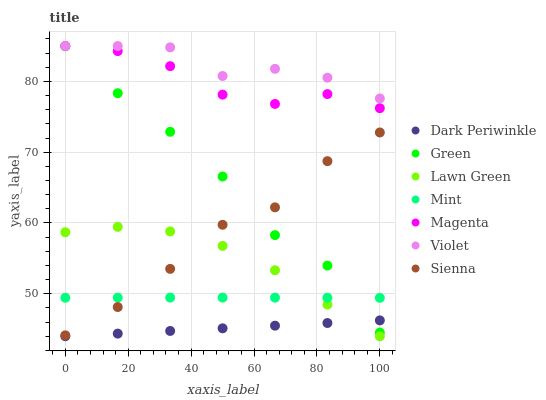
| xaxis_label | Dark Periwinkle | Green | Lawn Green | Mint | Magenta | Violet | Sienna |
 | --- | --- | --- | --- | --- | --- | --- | --- |
 | 0 | 44 | 85 | 58.7 | 49.4 | 85 | 85 | 44.1 |
 | 16.7 | 44.4 | 78.3 | 59.4 | 49.5 | 84.3 | 85 | 48.1 |
 | 33.3 | 44.7 | 72.9 | 58.8 | 49.5 | 82.2 | 84.8 | 53.5 |
 | 50 | 45.1 | 66.6 | 56.8 | 49.5 | 78.1 | 80.8 | 59.7 |
 | 66.7 | 45.5 | 58.3 | 53.3 | 49.5 | 76.8 | 81.8 | 62.2 |
 | 83.3 | 45.9 | 54 | 48.5 | 49.4 | 78.2 | 80.5 | 68.7 |
 | 100 | 46.2 | 44.5 | 44 | 49.4 | 76.2 | 77.6 | 72.8 |